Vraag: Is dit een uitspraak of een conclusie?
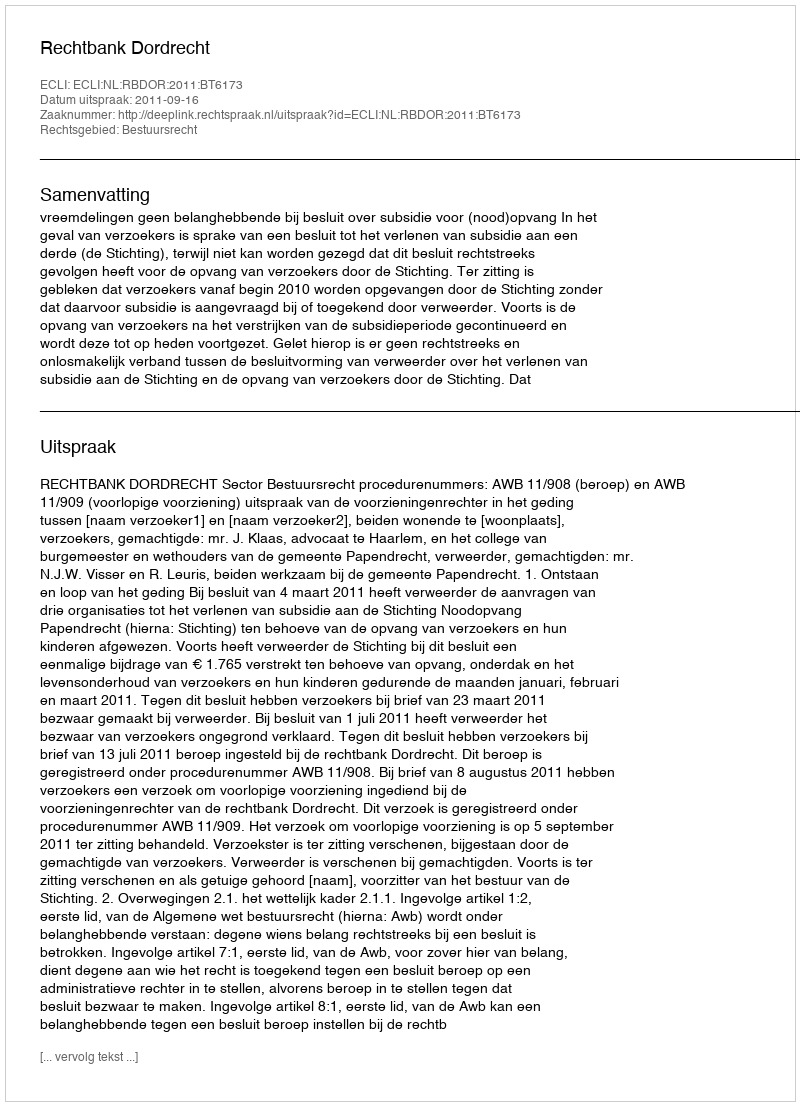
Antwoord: Uitspraak